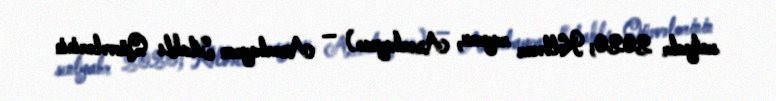
sentyabr 2020; Kəlbəcər rayonu, Azərbaycan) — Azərbaycan Silahlı Qüvvələrinin